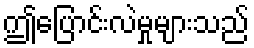
ဤပြောင်းလဲမှုများသည်